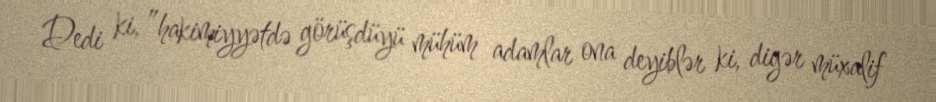
Dedi ki, ”hakimiyyətdə görüşdüyü mühüm adamlar ona deyiblər ki, digər müxalif